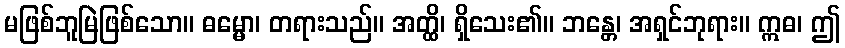
မဖြစ်ဘူမြဲဖြစ်သော။ ဓမ္မော၊ တရားသည်။ အတ္ထိ၊ ရှိသေး၏။ ဘန္တေ၊ အရှင်ဘုရား။ ဣဓ၊ ဤ